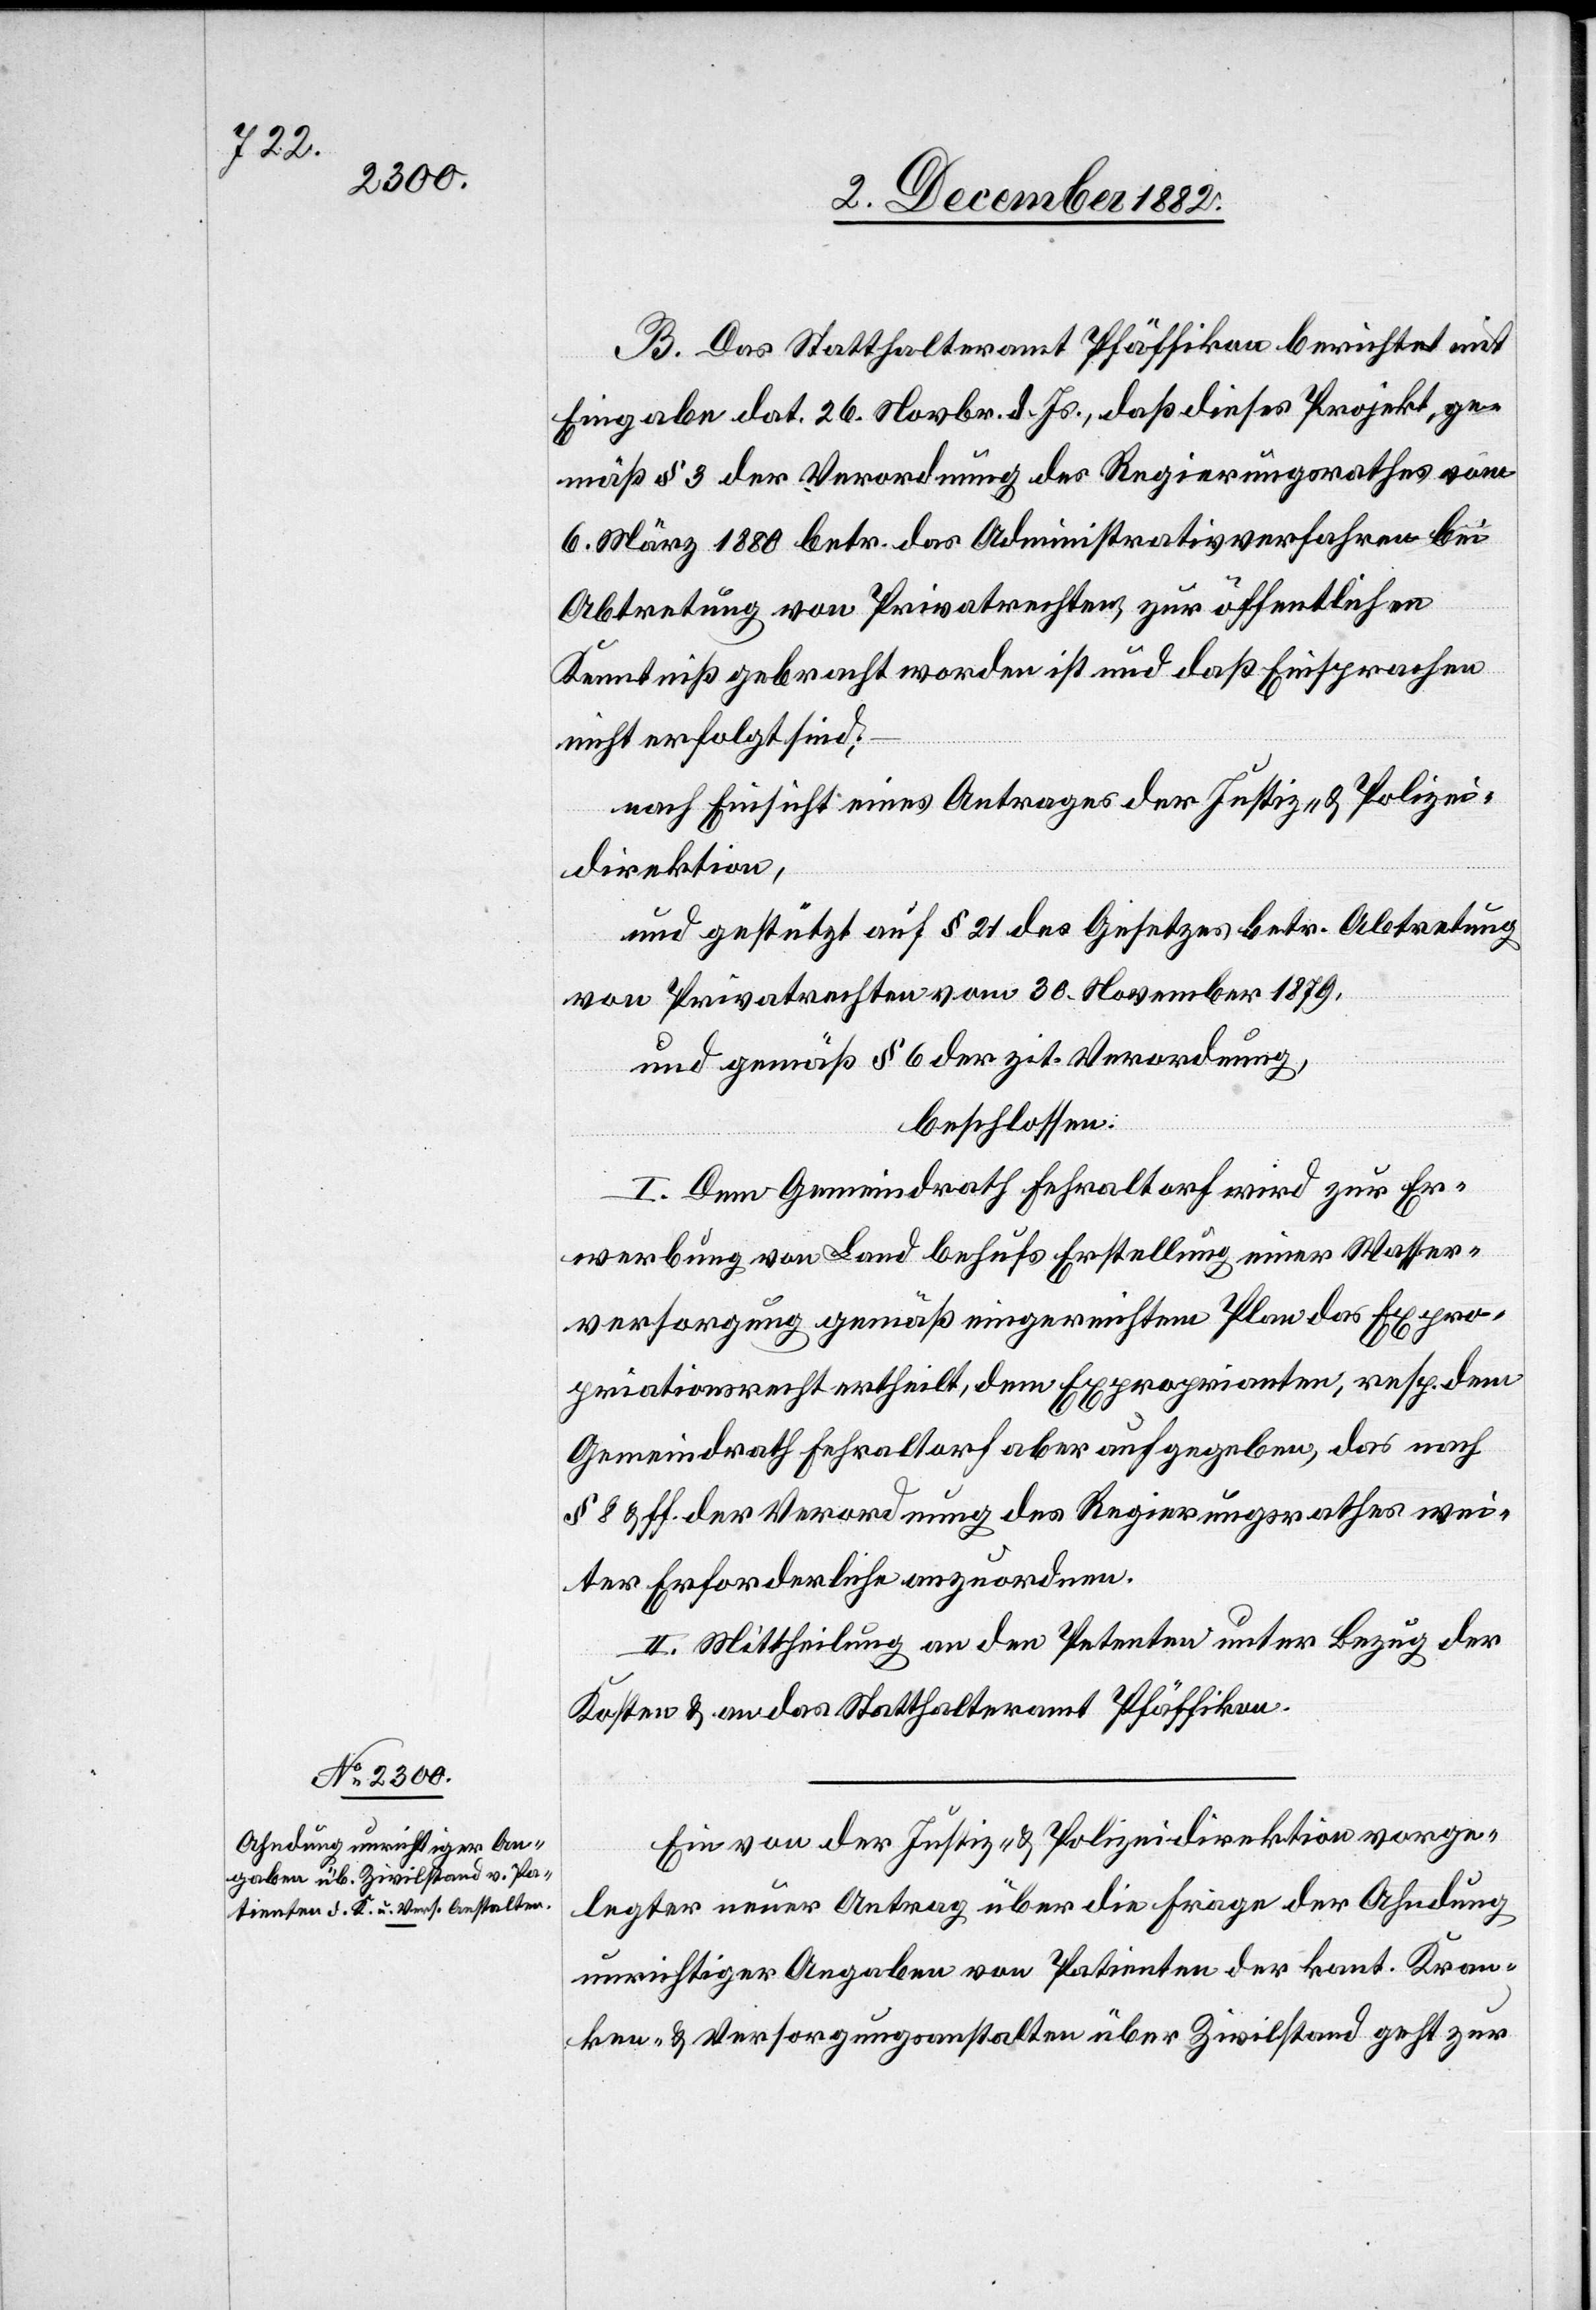
B. Das Statthalteramt Pfäffikon berichtet mit
Eingabe dat. 26. Novbr. d. Js., daß dieses Projekt, ge¬
mäß § 3 der Verordnung des Regierungsrathes vom
6. März 1880 betr. das Administrativverfahren bei
Abtretung von Privatrechten, zur öffentlichen
Kenntniß gebracht worden ist und daß Einsprachen
nicht erfolgt sind;
nach Einsicht eines Antrages der Justiz- & Polizei¬
direktion,
und gestützt auf § 21 des Gesetzes betr. Abtretung
von Privatrechten vom 30. November 1879,
und gemäß § 6 der zit. Verordnung,
beschlossen:
I. Dem Gemeindrath Fehraltorf wird zur Er¬
werbung von Land behufs Erstellung einer Wasser¬
versorgung gemäß eingereichtem Plan das Expro¬
priationsrecht ertheilt, dem Exproprianten, resp. dem
Gemeindrath Fehraltorf aber aufgegeben, das nach
§ 8 ff. der Verordnung des Regierungsrathes wei¬
ter Erforderliche anzuordnen.
II. Mittheilung an den Petenten unter Bezug der
Kosten & an das Statthalteramt Pfäffikon.
Ein von der Justiz- & Polizeidirektion vorge¬
legter neuer Antrag über die Frage der Ahndung
unrichtiger Angaben von Patienten der kant. Kran¬
ken- & Versorgungsanstalten über Zivilstand geht zur